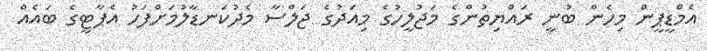
އެމްޑީޕީން މިހެން ބުނީ ރައްޔިތުންގެ މަޖުލީހުގެ މިއަދުގެ ޖަލްސާ މެދުކަނޑާލުމަށްފަހު އެޕާޓީގެ ބައެއް